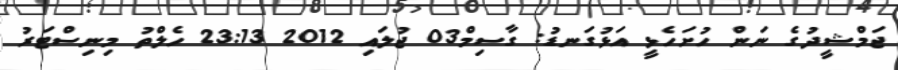
ޖަމްޝީދުގެ ނަން ހުށަހެޅީ އަޅުގަނޑު: ގާސިމް03 ޖުލައި 2012 23:13 ހެލްތު މިނިސްޓަރު